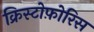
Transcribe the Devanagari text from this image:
क्रिस्टोफ़ोरिस